Indian journal of veterinary science and animal husbandry - Volume 11,
Year: 1941
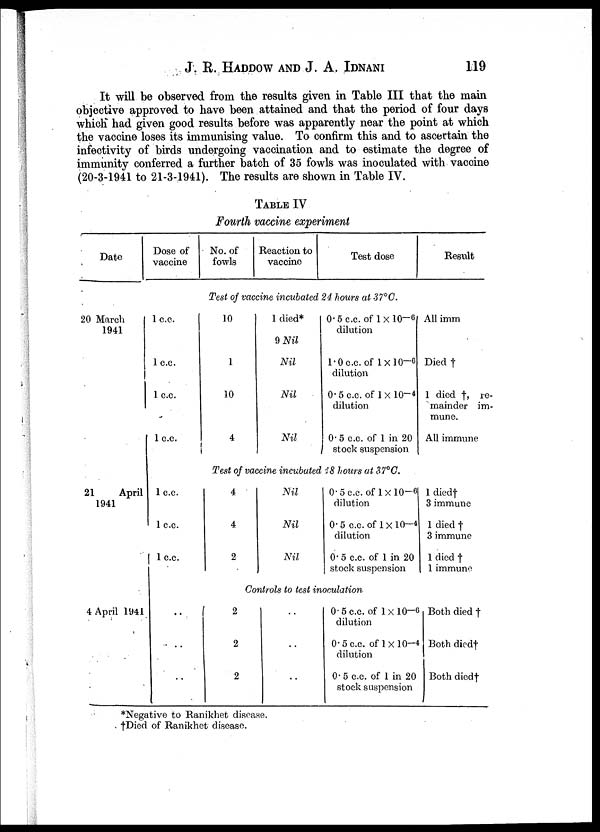
J. R. HADDOW AND J. A.
IDNANI
119
It will be observed from the results given in Table III that the main
objective approved to have been attained and that the period of four days
which had given good results before was apparently near the point at which
the vaccine loses its immunising value. To confirm this and to ascertain the
infectivity of birds undergoing vaccination and to estimate the degree of
immunity conferred a further batch of 35 fowls was inoculated with vaccine
(20-3-1941 to 21-3-1941). The results are shown in Table IV.
TABLE IV
Fourth vaccine experiment
Date
20 March
1941
21
April
1941
4 April 1941
Dose of
vaccine
No. of
fowls
Reaction to
vaccine
Test dose
Test of vaccine incubated 24 hours at 37°C.
1 c.c.
1 c.c.
1 c.c.
1.c.c.
10
1
10
4
1 died*
9 Nil
Nil
Nil
Nil
0.5 c.c. of 1×10 -6
dilution
1.0 c.c. of 1×10 -6
dilution
0.5 c.c. of 1×10 -4
dilution
0.5 c.c. of 1 in 20
stock suspension
Test of vaccine incubated 18 hours at 37°C.
1 c.c.
1 c.c.
1 c.c.
..
..
..
4
4
2
Nil
Nil
Nil
0.5 c.c. of 1×10 -6
dilution
0.5 c.c. of 1 × 10 -4
dilution
0.5 c.c. of 1 in 20
stock suspension
Result
All imm
Died †
1 died †, re-
mainder im-
mune.
All immune
1 died†
3 immune
1 died †
3 immune
1 died †
1 immune
Controls to test inoculation
2
2
2
..
..
..
0.5 c.c. of 1×10 -6
dilution
0.5 c.c. of 1× 10 -4
dilution
0. c.c. of 1 in 20
stock suspension
Both died †
Both died†
Both died†
*Negative to Ranikhet disease.
†Died of Ranikhet disease.